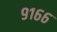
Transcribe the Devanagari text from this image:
९१६६